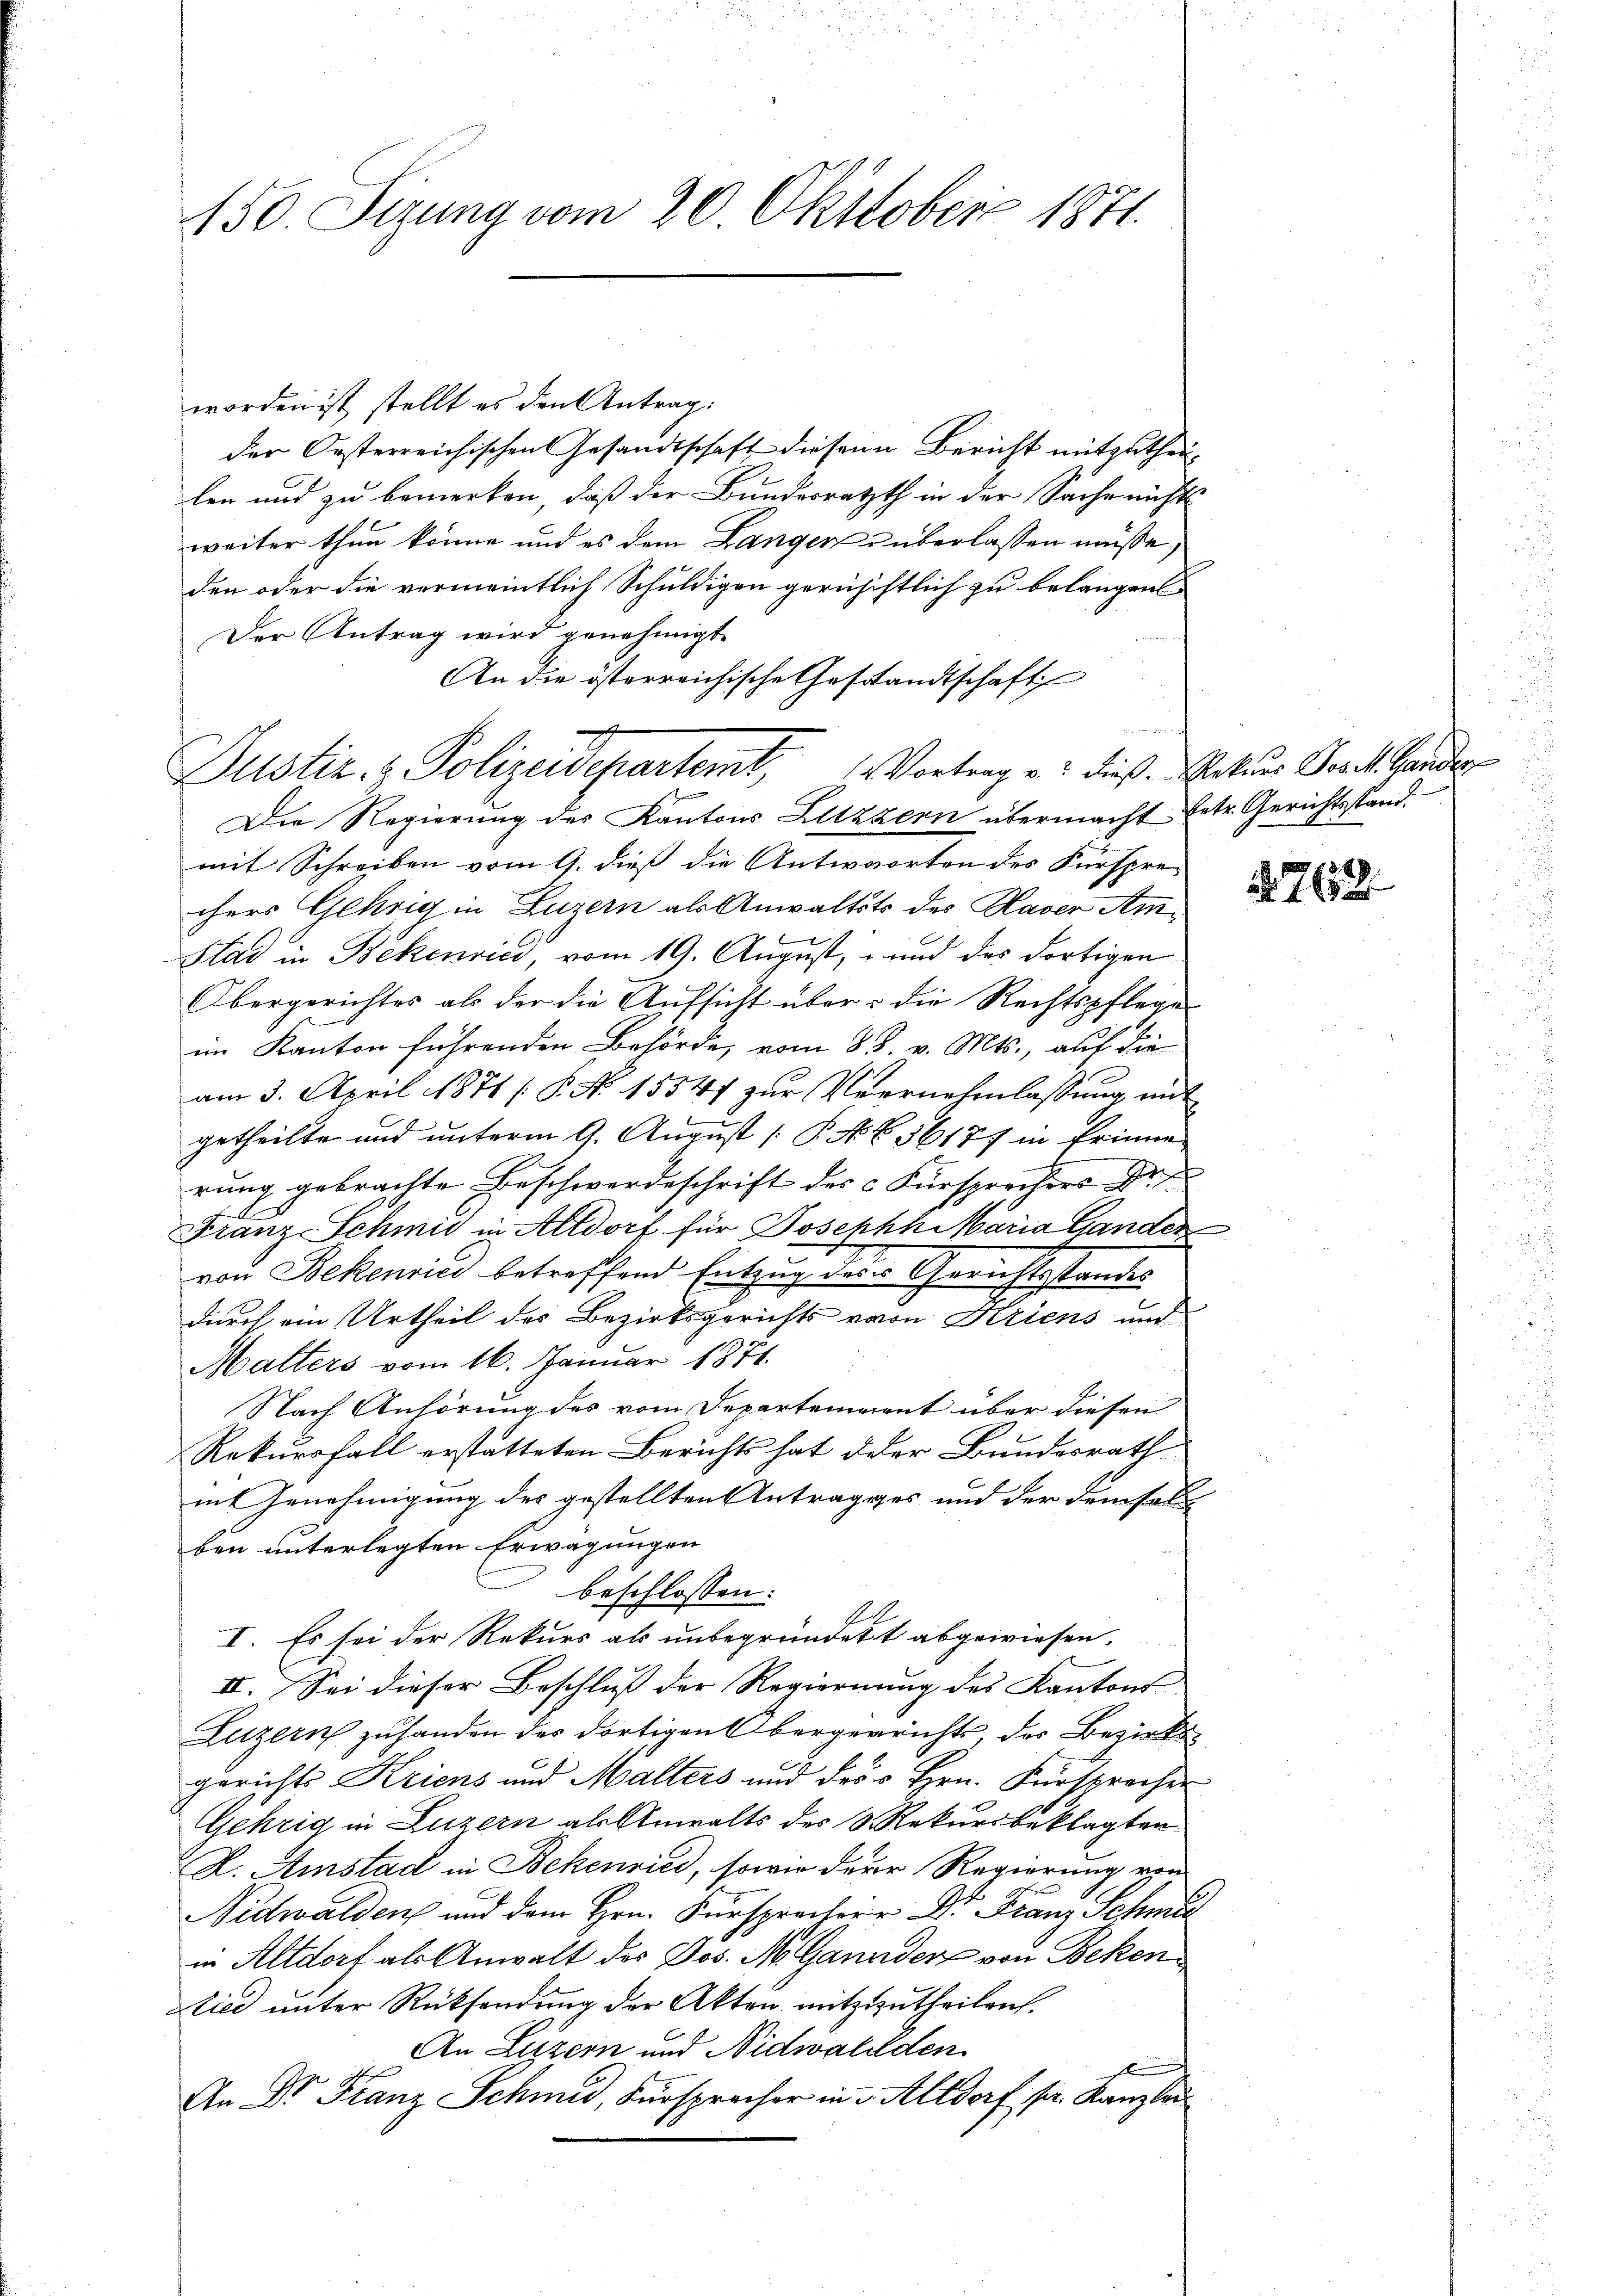
150. Sizung vom 20. Oktober 1871.

worden ist, stellt es den Antrag:
der Oesterreichischen Gesandtschaft diesen Bericht mitzutheilen und zu bemerken, daß der Bundesrathth in der Sache nichts
weiter thun könne und es dem Langer u überlassen müsse,
den oder die vermeintlich Schuldigen gerüchtlich zu belangen
Der Antrag wird genehmigt

An die österreichische Gestandtschaft
Die Regierung des Kantons Lezzern übermacht betr. Gerichtsstand.
mit Schreiben vom 9. dieß die Antworten des Fürsprechers Gehrig in Luzern als Anwaltst des Raver Am
Slad in Bekenried, vom 19. August, - und des dortigen
Obergerichtes als der die Aufsicht über die Rechtspflege
im Kanton führenden Behörde, vom 85. v. Mts., auf die
am 3. April 1871 [P. No 15547 zur Vernehmlassung mit
getheilte und unterm 9. August [ P. N. N. 36177 in Erinne
rung gebrachte Beschwerdeschrift des Fürsprechers Dr.
Franz Schmid in Altdorf für Joseph Maria Ganden
von Bekenries betreffend Entzug des Gerichtsstandes
durch ein Urtheil des Bezirksgerichts von Kriens und
Malters vom 16. Januar 1871.
Nach Anhörung des vom Departement über diesen
Rekursfall erstatteten Berichts hat der Bundesrath
in Genehmigung des gestellten Antrages und der demsel
ben unterlegten Erwägungen
beschlossen:
I. Es sei der Rekurs als unbegründet abgewiesen.
II. Sei dieser Beschluß der Regierung des Kantons
Luzern zuhanden des dortigen Obergerrichts, der Bezirksgerichts Kriens und Malters und des Hrn. Fürsprecher
Gehrig in Luzern als Anwalts des Rekursbeklagten
A. Amstad in Bekenried, sowie derer Regierung von
Nidwalden und dem Hrn. Fürspracherr Dr Franz Schmid
in Altdorf als Anwalt des Dos. N. Gannder von Beken¬
Lied unter Rücksendung der Akten mitzutheilen.
An Luzern und Nidwalden
An Dr Franz Schmid, Fürspracher in Altdorf pr. Kanzlei

Justiz & Polizeidepartemt, Vortrag u. dieß. Peten Gesch. Lander

r

. 7639